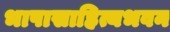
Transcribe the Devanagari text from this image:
भाषासाहित्यभवन